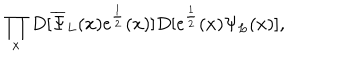
\prod _ { x } D [ { \overline { { \Psi } } } _ { L } ( x ) e ^ { \frac { 1 } { 2 } } ( x ) ] D [ e ^ { \frac { 1 } { 2 } } ( x ) \Psi _ { L } ( x ) ] ,